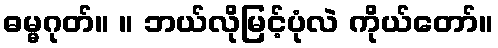
ဓမ္မဂုတ်။ ။ ဘယ်လိုမြင့်ပုံလဲ ကိုယ်တော်။